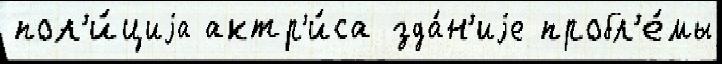
пол'и́циjа актр'и́са зда́н'иjе пробл'е́мы